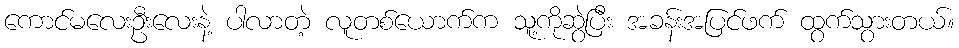
ကောင်မလေးဦးလေးနဲ့ ပါလာတဲ့ လူတစ်ယောက်က သူ့ကိုဆွဲပြီး အခန်းအပြင်ဖက် ထွက်သွားတယ်။